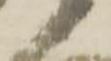
衛